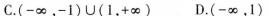
C.(-∞，-1)\cup(1，+∞) D.(-∞，1)